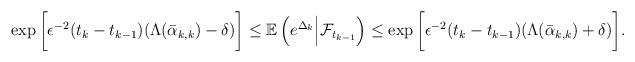
LaTeX: \begin{align*}\exp\bigg[\epsilon^{-2}(t_{k}-t_{k-1})(\Lambda(\bar \alpha_{k,k})-\delta)\bigg] \le \mathbb E\left(e^{\Delta_k}\Big|\mathcal{F}_{t_{k-1}}\right) \le \exp \bigg[\epsilon^{-2}(t_{k}-t_{k-1})(\Lambda(\bar \alpha_{k,k})+\delta)\bigg].\end{align*}